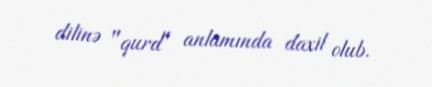
dilinə "qurd" anlamında daxil olub.